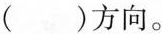
( )方向。